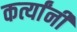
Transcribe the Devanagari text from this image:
कर्त्यांनी